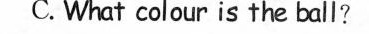
C.What colour is the ball?